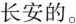
长安的。